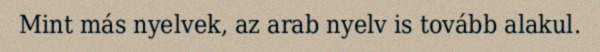
Mint más nyelvek, az arab nyelv is tovább alakul.